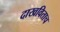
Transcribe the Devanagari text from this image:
दाखविताच